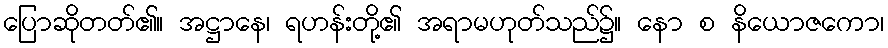
ပြောဆိုတတ်၏။ အဋ္ဌာနေ၊ ရဟန်းတို့၏ အရာမဟုတ်သည်၌။ နော စ နိယောဇကော၊